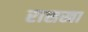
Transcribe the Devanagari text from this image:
रासखा